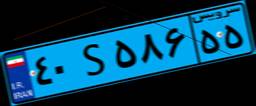
۸۲S۹۹۶۳۳